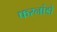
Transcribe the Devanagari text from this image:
फरनांडो